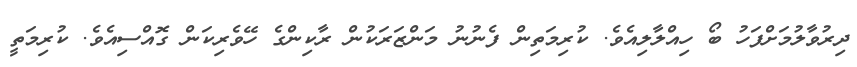
ދިރުވާލުމަށްފަހު ބޯ ހިއްލާލިއެވެ. ކުރިމަތިން ފެނުނު މަންޒަރަކުން ރާކިންގެ ހޭވެރިކަން ގޮއްސިއެވެ. ކުރިމަތީ